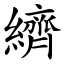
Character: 纃